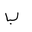
Letter: _ba